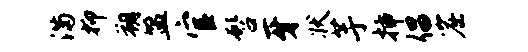
满抑朔盟官髫牙状芋插倡窟